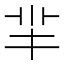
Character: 羋